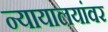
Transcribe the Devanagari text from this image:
न्यायालयांवर